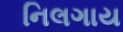
નિલગાય